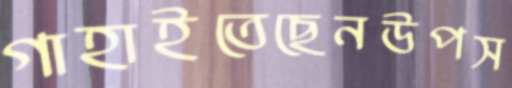
গাহাইতেছেনউপস